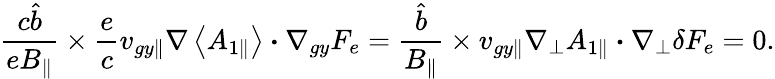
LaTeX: \frac{c\hat{b}}{eB_{\parallel}}\times\frac{e}{c}{v}_{gy\parallel}\nabla\left<A_{1\parallel}\right>\boldsymbol{\cdot}\nabla_{gy}F_{e}=\frac{\hat{b}}{B_{\parallel}}\times{v}_{gy\parallel}\nabla_{\perp}A_{1\parallel}\boldsymbol{\cdot}\nabla_{\perp}\delta F_{e}=0.